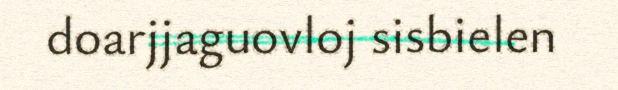
doarjjaguovloj sisbielen